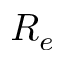
R _ { e }